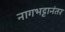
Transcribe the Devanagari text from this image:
नागभट्टानंतर